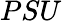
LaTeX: PSU